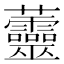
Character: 䖅